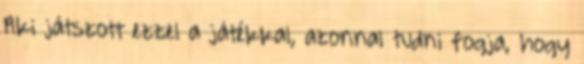
Aki játszott ezzel a játékkal, azonnal tudni fogja, hogy